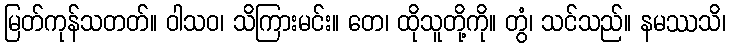
မြတ်ကုန်သတတ်။ ဝါသဝ၊ သိကြားမင်း။ တေ၊ ထိုသူတို့ကို။ တွံ၊ သင်သည်။ နမဿသိ၊